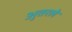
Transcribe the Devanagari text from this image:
अुतरले